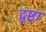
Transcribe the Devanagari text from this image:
द्र्ष्टा